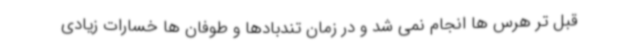
قبل تر هرس ها انجام نمی شد و در زمان تندبادها و طوفان ها خسارات زیادی